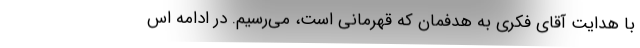
با هدایت آقای فکری به هدفمان که قهرمانی است، می‌رسیم. در ادامه اس